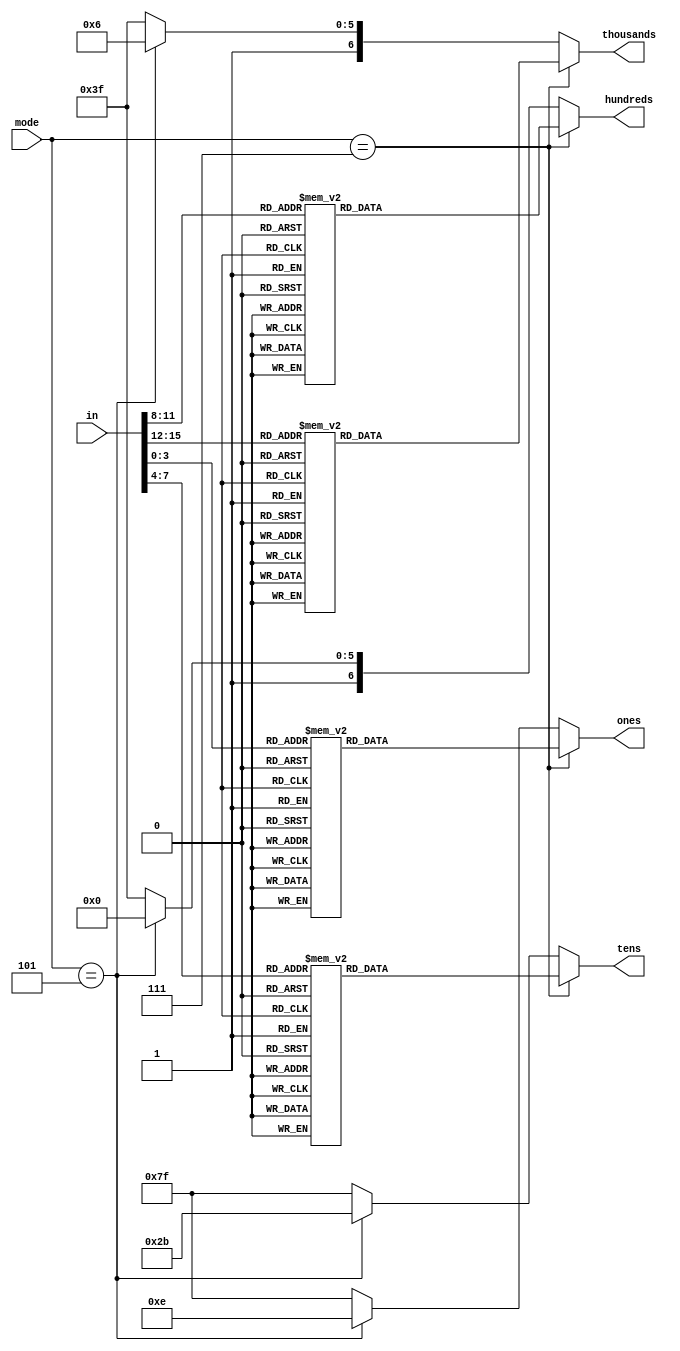
module sevseg(in, mode, ones, tens, hundreds, thousands);
	input [2:0] mode;
	input[16:0] in;
	
	output [6:0] ones;
	output[6:0] tens;
	output[6:0] hundreds;
	output [6:0] thousands;
	
	wire [2:0] mode; //010 - numbers, 101 - "STRING"
	reg [6:0] ones;
	reg [6:0] tens;
	reg[6:0] hundreds;
	reg [6:0] thousands;
	
	
always @(*)
begin		
	if (mode == 3'b111) begin
		case({in[3], in[2], in[1], in[0]})
			4'h0: ones = 7'b1000000;
			4'h1: ones = 7'b1111001;
			4'h2: ones = 7'b0100100;
			4'h3: ones = 7'b0110000;
			4'h4: ones = 7'b0011001;
			4'h5: ones = 7'b0010010;
			4'h6: ones = 7'b0000010;
			4'h7: ones = 7'b1111000;
			4'h8: ones = 7'b0000000;
			4'h9: ones = 7'b0010000;
			4'ha: ones = 7'b0001000;
			4'hb: ones = 7'b0000011;
			4'hc: ones = 7'b1000110;
			4'hd: ones = 7'b0100001;
			4'he: ones = 7'b0000110;
			4'hf: ones = 7'b0001110;
			default: ones = 7'b1111111;
		endcase
		case({in[7], in[6], in[5], in[4]})
			4'h0: tens = 7'b1000000;
			4'h1: tens = 7'b1111001;
			4'h2: tens = 7'b0100100;
			4'h3: tens = 7'b0110000;
			4'h4: tens = 7'b0011001;
			4'h5: tens = 7'b0010010;
			4'h6: tens = 7'b0000010;
			4'h7: tens = 7'b1111000;
			4'h8: tens = 7'b0000000;
			4'h9: tens = 7'b0010000;
			4'ha: tens = 7'b0001000;
			4'hb: tens = 7'b0000011;
			4'hc: tens = 7'b1000110;
			4'hd: tens = 7'b0100001;
			4'he: tens = 7'b0000110;
			4'hf: tens = 7'b0001110;
			default: tens = 7'b1111111;
	endcase
		case({in[11], in[10], in[9], in[8]})
			4'h0: hundreds = 7'b1000000;
			4'h1: hundreds = 7'b1111001;
			4'h2: hundreds = 7'b0100100;
			4'h3: hundreds = 7'b0110000;
			4'h4: hundreds = 7'b0011001;
			4'h5: hundreds = 7'b0010010;
			4'h6: hundreds = 7'b0000010;
			4'h7: hundreds = 7'b1111000;
			4'h8: hundreds = 7'b0000000;
			4'h9: hundreds = 7'b0010000;
			4'ha: hundreds = 7'b0001000;
			4'hb: hundreds = 7'b0000011;
			4'hc: hundreds = 7'b1000110;
			4'hd: hundreds = 7'b0100001;
			4'he: hundreds = 7'b0000110;
			4'hf: hundreds = 7'b0001110;
			default: hundreds = 7'b1111111;
		endcase
		case({in[15], in[14], in[13], in[12]})
			4'h0: thousands = 7'b1000000;
			4'h1: thousands = 7'b1111001;
			4'h2: thousands = 7'b0100100;
			4'h3: thousands = 7'b0110000;
			4'h4: thousands = 7'b0011001;
			4'h5: thousands = 7'b0010010;
			4'h6: thousands = 7'b0000010;
			4'h7: thousands = 7'b1111000;
			4'h8: thousands = 7'b0000000;
			4'h9: thousands = 7'b0010000;
			4'ha: thousands = 7'b0001000;
			4'hb: thousands = 7'b0000011;
			4'hc: thousands = 7'b1000110;
			4'hd: thousands = 7'b0100001;
			4'he: thousands = 7'b0000110;
			4'hf: thousands= 7'b0001110;
			default: thousands = 7'b1111111;
		endcase
		end
		else if (mode == 3'b101) begin
			thousands = 7'b1000110;
			hundreds = 7'b1000000;
			tens = 7'b0101011;
			ones = 7'b0001110;
		end	
		else begin
			ones = 7'b1111111;
			tens = 7'b1111111;
			hundreds = 7'b1111111;
			thousands = 7'b1111111;
		end
end
endmodule